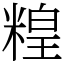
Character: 䊗